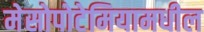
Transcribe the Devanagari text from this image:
मेसोपोटेमियामधील